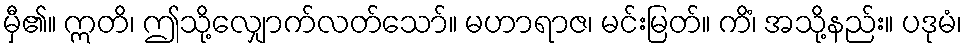
မှီ၏။ ဣတိ၊ ဤသို့လျှောက်လတ်သော်။ မဟာရာဇ၊ မင်းမြတ်။ ကိံ၊ အသို့နည်း။ ပဒုမံ၊